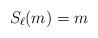
LaTeX: \begin{align*}S_{\ell}(m) = m\end{align*}